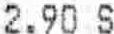
2.90 S